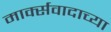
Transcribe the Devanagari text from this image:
मार्क्सवादाच्या